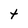
Character: t